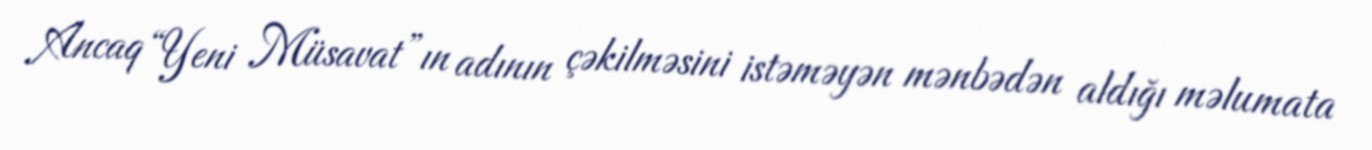
Ancaq “Yeni Müsavat”ın adının çəkilməsini istəməyən mənbədən aldığı məlumata